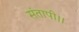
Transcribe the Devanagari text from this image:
संतापी।।